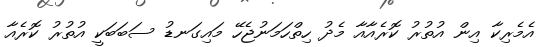
އެމެރިކާ އިން އުތުރު ކޮރެއާއާ މެދު ހިތްހަމަނުޖެހޭ މައިގަނޑު ސަބަބަކީ އުތުރު ކޮރެއާ